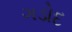
ગડોદ